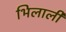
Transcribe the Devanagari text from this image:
भिलाली